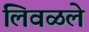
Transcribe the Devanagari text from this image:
लिवळले